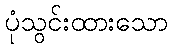
ပုံသွင်းထားသော